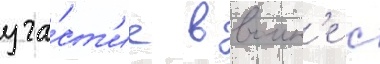
уча́ст'ие в воин'е с